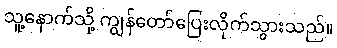
သူ့နောက်သို့ ကျွန်တော်ပြေးလိုက်သွားသည်။